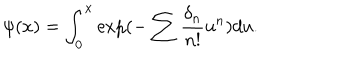
\psi ( x ) = \int _ { 0 } ^ { x } \exp ( - \sum \frac { \delta _ { n } } { n ! } u ^ { n } ) d u .